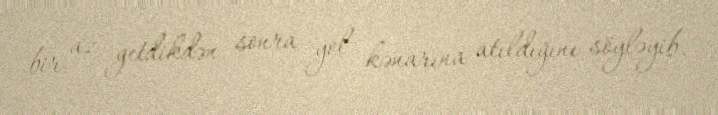
bir az getdikdən sonra yol kənarına atıldığını söyləyib.